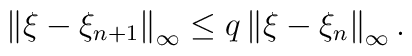
\left\| \xi -\xi_{n+1}\right\| _{\infty }\leq q\left\| \xi -\xi_{n}\right\|_{\infty }.